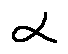
\alpha